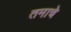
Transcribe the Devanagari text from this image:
तमाचे